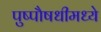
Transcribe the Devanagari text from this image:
पुष्पौषधीमध्ये